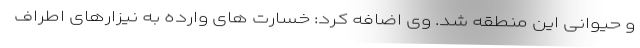
و حیوانی این منطقه شد. وی اضافه کرد: خسارت های وارده به نیزارهای اطراف